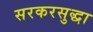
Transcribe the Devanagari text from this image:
सरकरसुद्धा